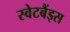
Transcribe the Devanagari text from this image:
स्वेटबैंड्स